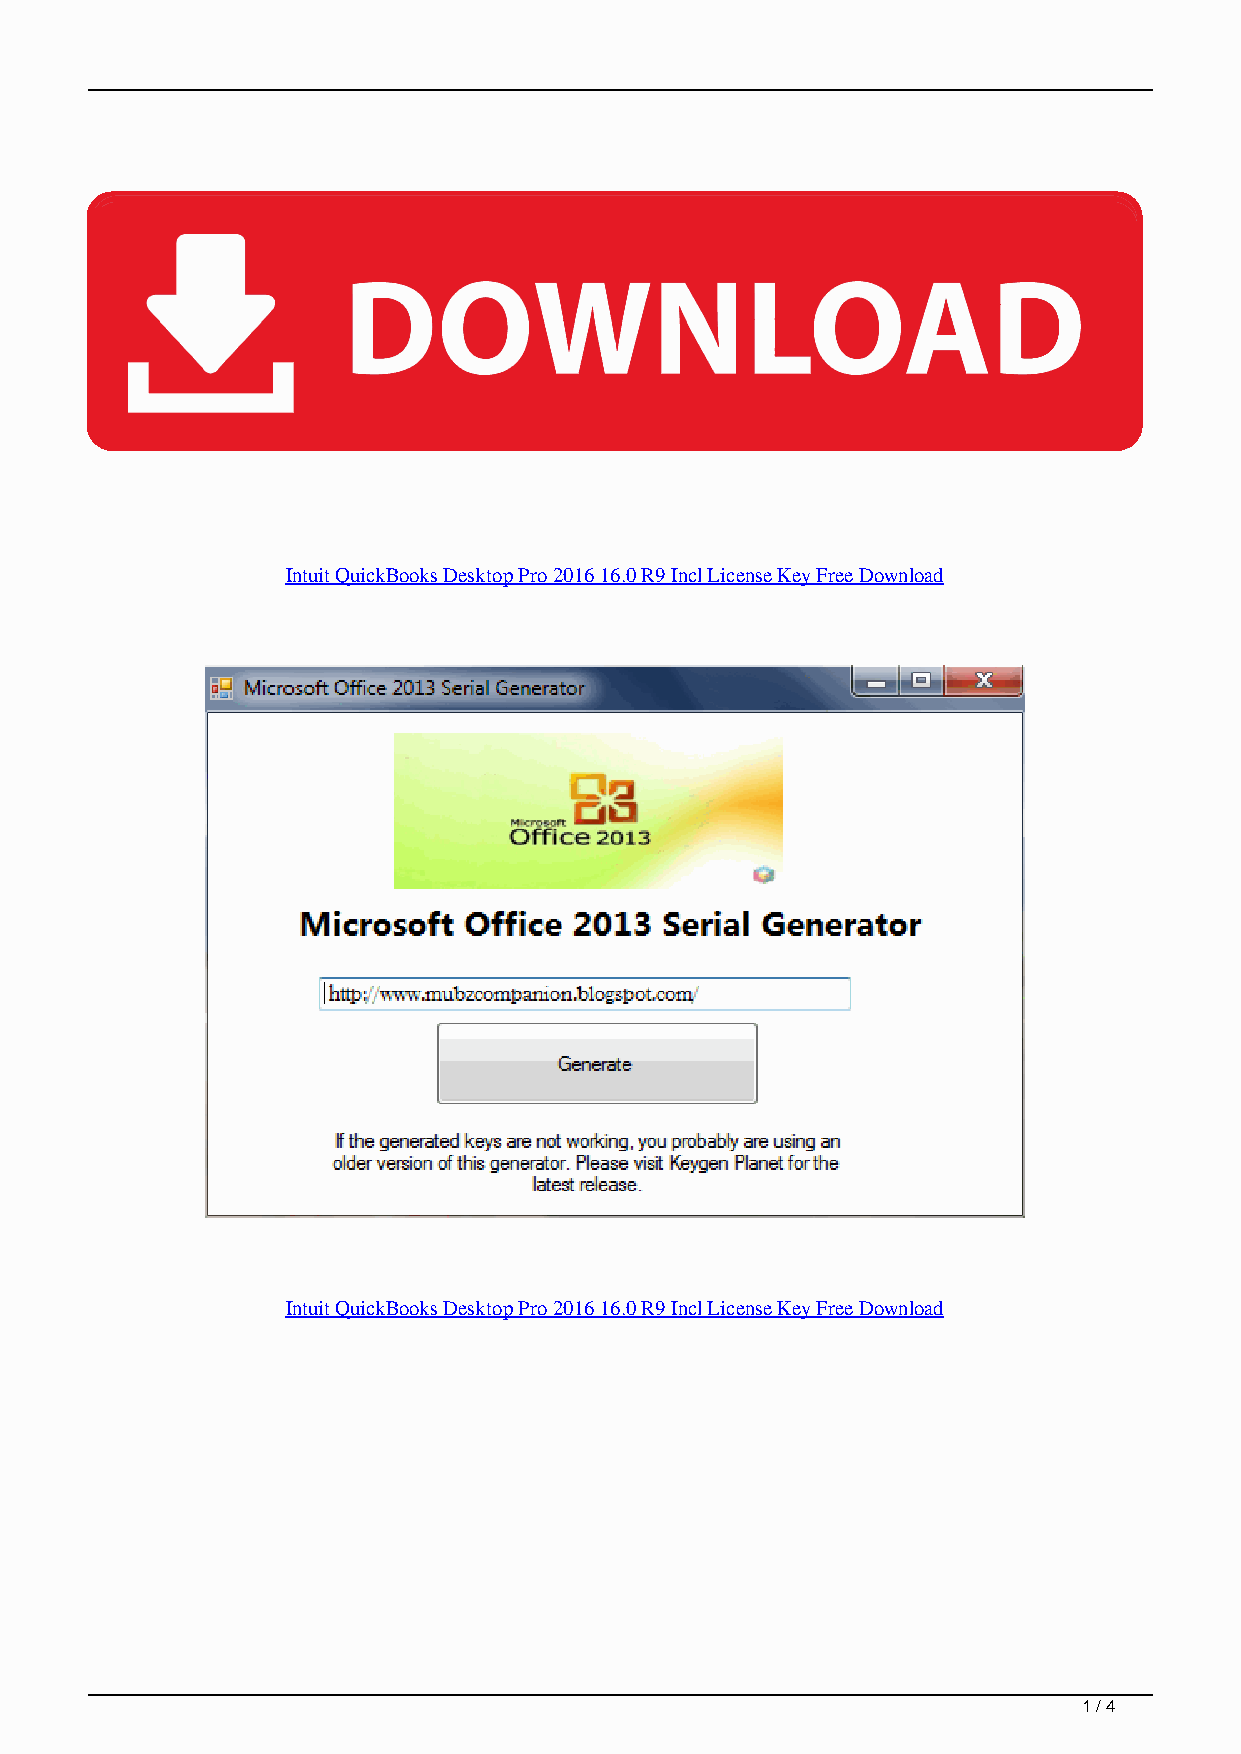
Intuit QuickBooks Desktop Pro 2016 16.0 R9 Incl License Key Free Download
 Intuit QuickBooks Desktop Pro 2016 16.0 R9 Incl License Key Free Download
 1 / 4